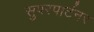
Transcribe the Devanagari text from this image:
सुपरपार्टनर